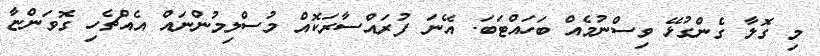
މި ގޮލާ ގެންގުޅޭ ވިސްނުމެއް ބަހައްޓަބަ. އޭނަ ފުރައްސާރަކޮއް މުސްލިމުންނައް އެއްޗެހި ގޮވަންޏާ